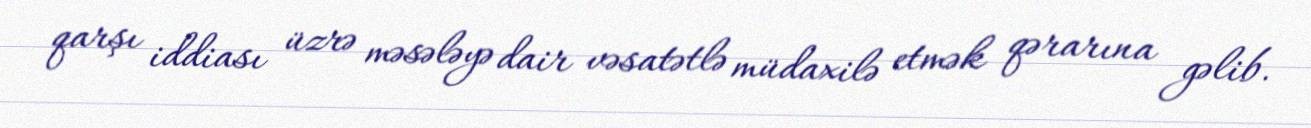
qarşı iddiası üzrə məsələyə dair vəsatətlə müdaxilə etmək qərarına gəlib.